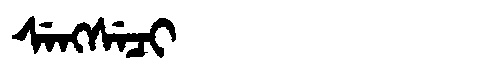
Manchu: ᠰᡝᠩᠰᡝᠴᡳ
Romanization: SENGSECI